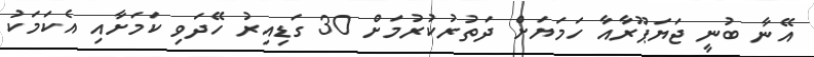
އޭނާ ބުނީ ޖަޔަޕޫރާއާ ހަމަޔަށް ދަތުރުކުރުމަށް 30 ގަޑިއިރު ހޭދަވި ކަމަށާއި އެކަމަކު